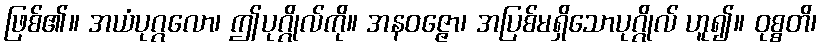
ဖြစ်၏။ အယံပုဂ္ဂလော၊ ဤပုဂ္ဂိုလ်ကို။ အနဝဇ္ဇော၊ အပြစ်မရှိသောပုဂ္ဂိုလ် ဟူ၍။ ဝုစ္စတိ၊